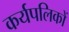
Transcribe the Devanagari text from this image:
कर्यपलिकों